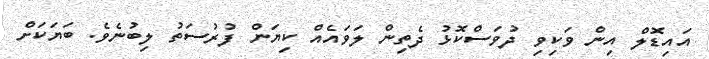
އައިޑޮލް އިން ވަކިވި ދުވަސްކޮޅު ދެތިން ލަވައެއް ކިޔަން ފުރުސަތު ލިބުނެވެ. ބަޔަކަށް